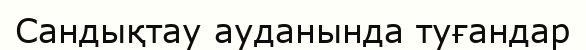
Сандықтау ауданында туғандар